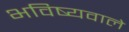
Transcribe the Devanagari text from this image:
भविष्यवाले